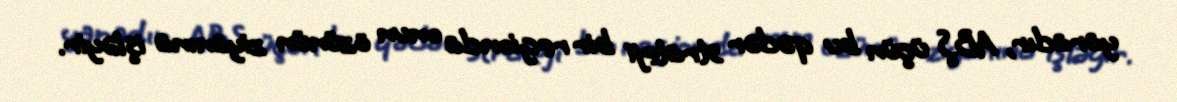
yaradır, ABŞ üçün bu qədər strateji bir regionda onun özünün ziyanına işləyir.